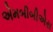
એમબીબીએસ